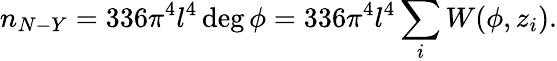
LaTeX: n_{N-Y}=336\pi^{4}l^{4}\deg\phi=336\pi^{4}l^{4}\sum_{i}W(\phi,z_{i}).